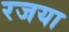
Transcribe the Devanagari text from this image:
रजया